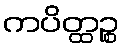
ကပိတ္ထဉ္စ